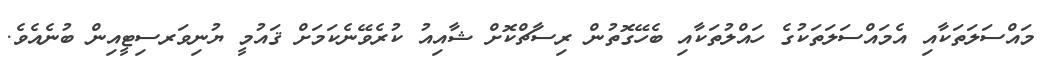
މައްސަލަތަކާއި އެމައްސަލަތަކުގެ ހައްލުތަކާއި ބެހޭގޮތުން ރިސާޗްކޮށް ޝާއިއު ކުރެވޭނެކަމަށް ޤައުމީ ޔުނިވަރސިޓީއިން ބުނެއެެވެ.